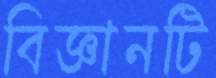
বিজ্ঞানটি